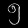
Digit: ၅